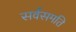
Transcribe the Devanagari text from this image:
सर्वसमति